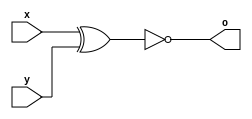
// ------------------------- 
// Exercicio 0003 
// Nome: Miller 
// -------------------------
// -------- XNOR -----------

module portaXNOR (output o, input x, input y);
assign o = ~(x^y);

endmodule // -- fim do modulo porta XNOR

module principal;
reg v, w; // -- registradores, entrada.
wire s; // -- fio, saida.

portaXNOR seumadruga(s, v, w); // -- ira executar a funcao com os parametros(como se fosse construtor/objeto em java).

initial begin: start
v=0; w=0; // -- atribui os valores iniciais para as variaveis.
end // -- encerrei o initial, que era so pra inicias as variaveis.

initial begin

$display("Miller - 449048");
$display("Porta XNOR");
$display(" ");

$monitor("~( %b ^ %b ) = %b", v, w, s);
// -- ira exibir na tela os dados, mo na roda, pois, nao precisa utilizar 1000 $display toda hora.

#1 // -- nao sera necessario atribuir os valores para as entradas, pois ja utilizei laaaa em cima.
#1 v=1;
#1 v=0; w=1;
#1 v=1;

end
endmodule // -- encerra o modulo principal.